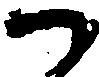
か